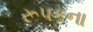
રૂપકના